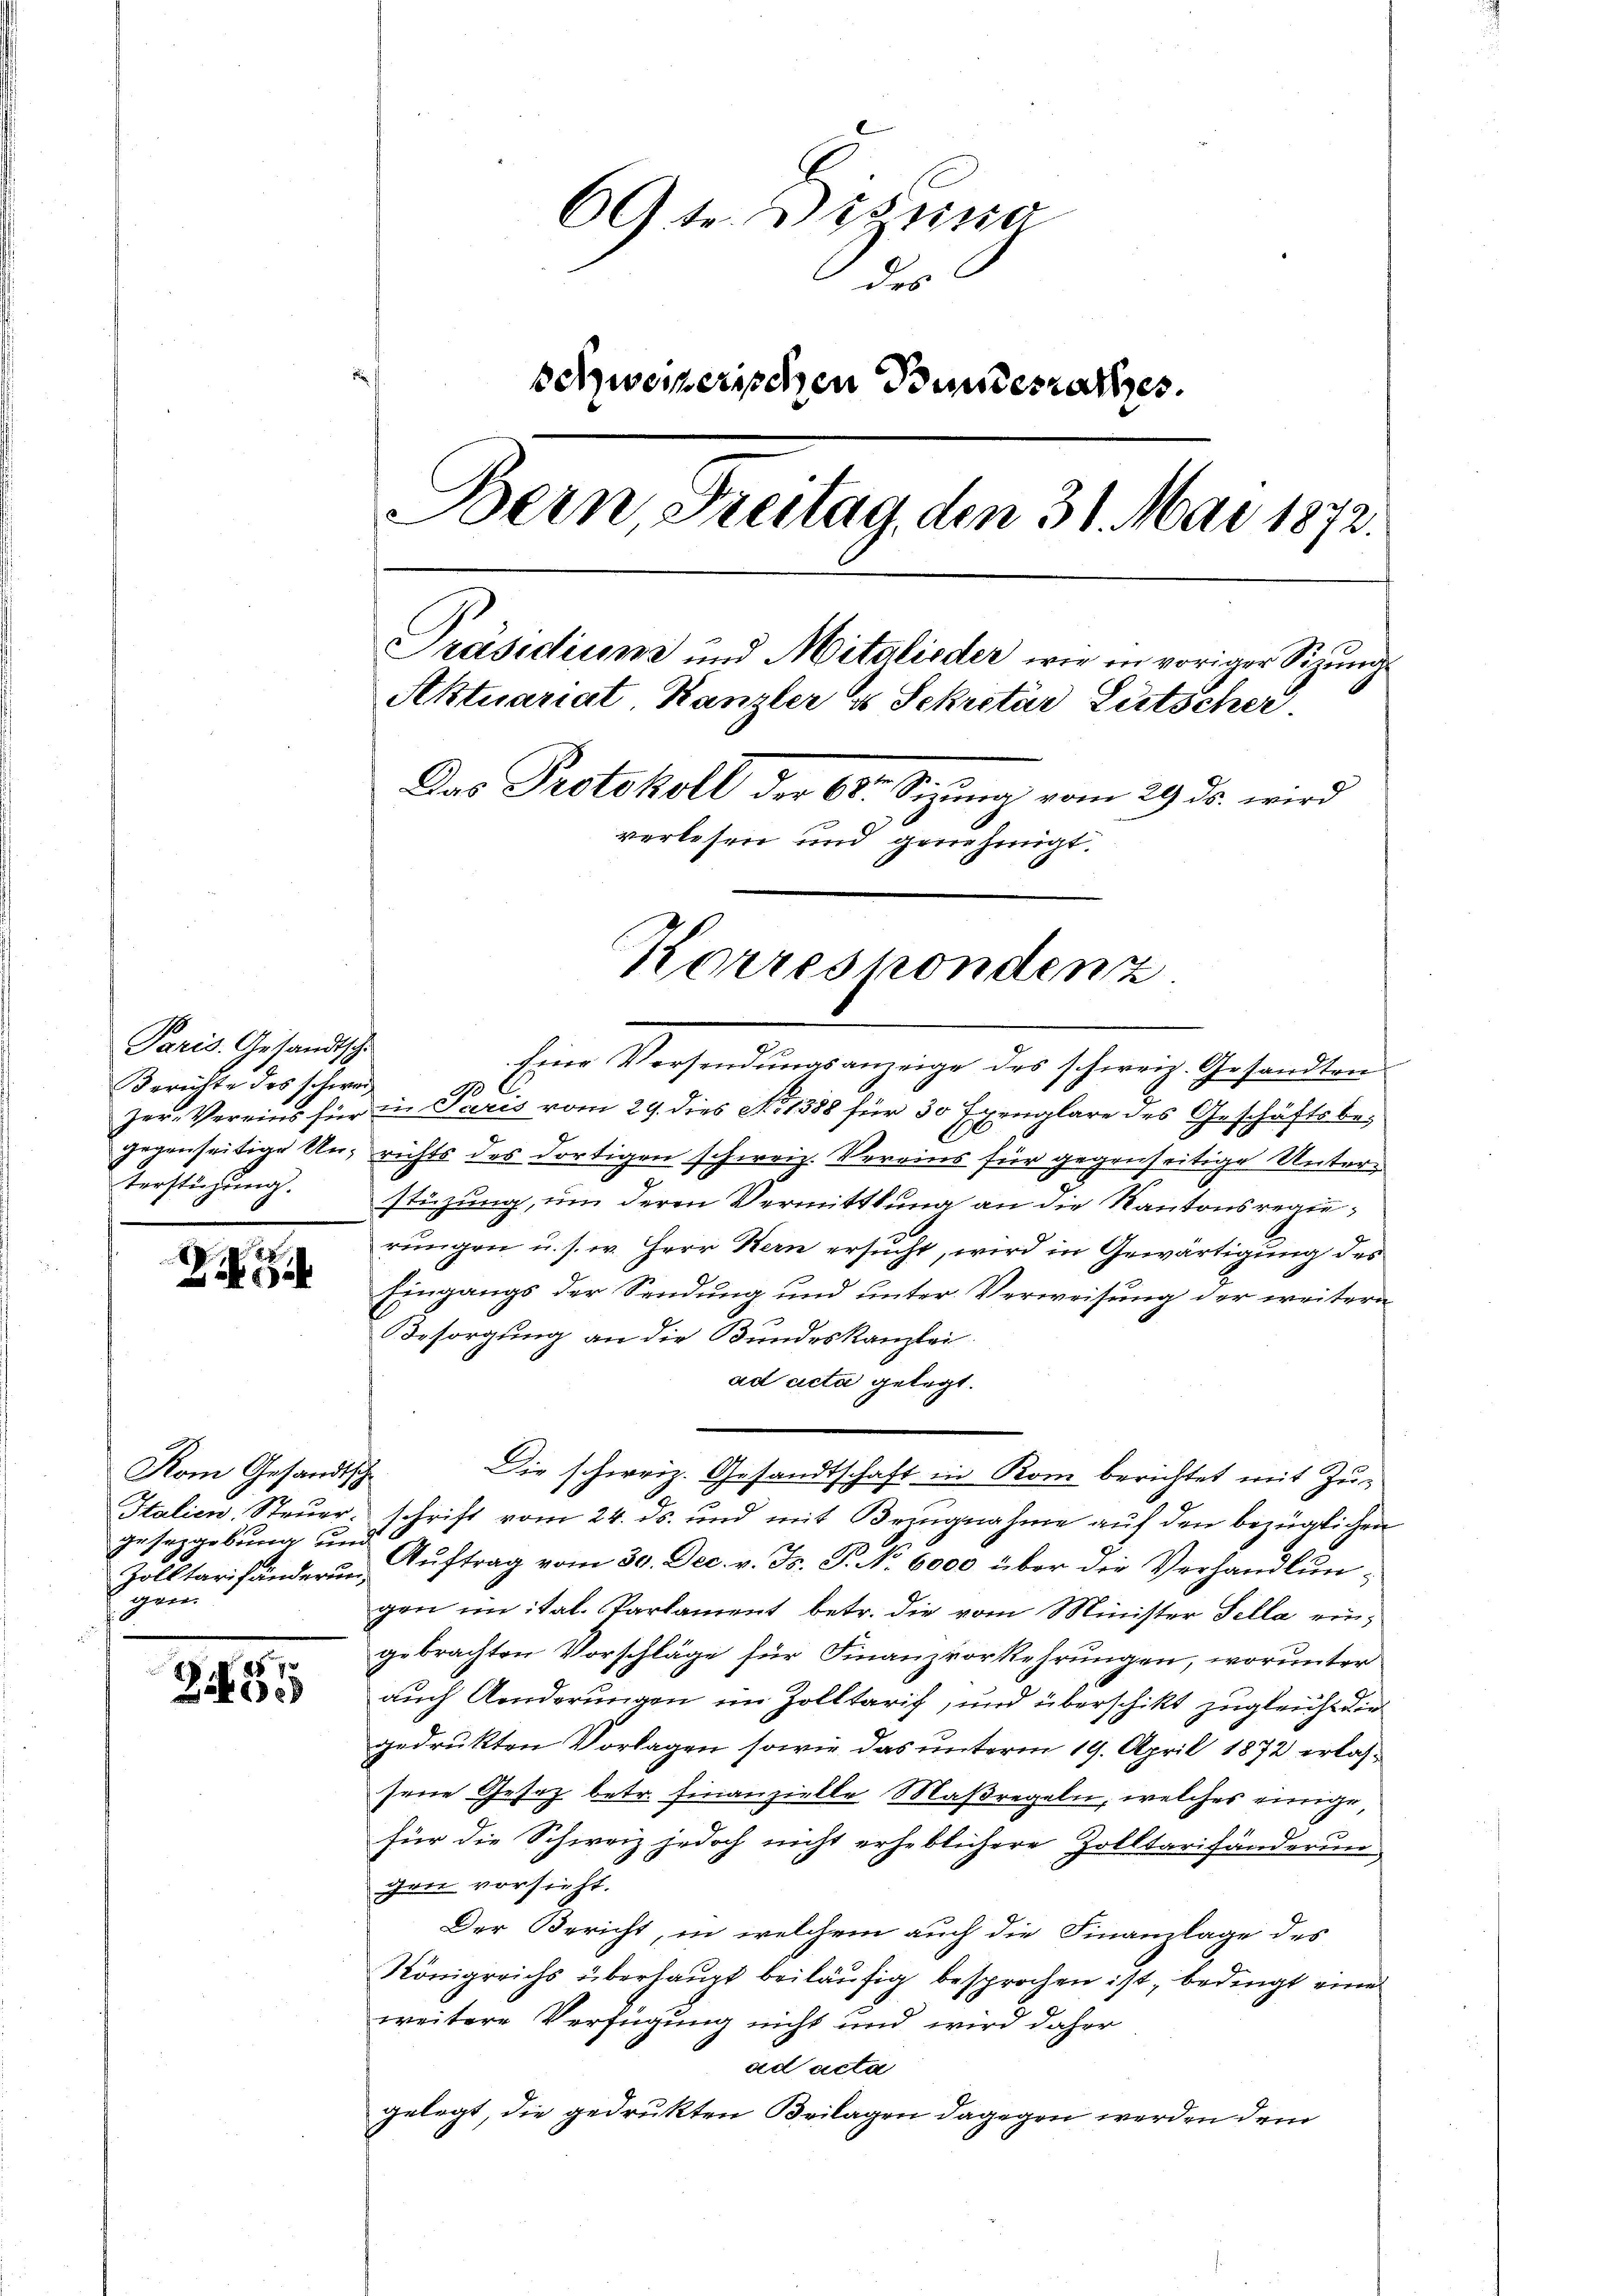
Paris. Gesandtsche
Berichte des schwei¬

.
ZG

Kom Gesandtsch
Italien, Steuer.
Gesetzgebung und
gere

d
Zitie

69te. Distra
des
schweizerischen Bundesrathes.
Bern, Freitag, den 31. Mai 1872.
Präsidiume und Mitglieder wie in voriger Sitzung
Aktuariat, Kanzler u Sekretär Lütscher.
Das Protokoll der 60. Sitzung vom 29. ds. wird
verlesen und genehmigt.

Eine Versendungsanzeige des schweiz. Gesandten
 C.
Zer-Vereins für in Paris vom 29. dies No. 1388 für 30 Exemplare des Geschäftsbegegenseitige Un- richts des dortigen schweiz. Vereins für gegenseitige Unterterstüzung. stüzung, ŭm deren Vermittlung an die Kantonsregierungen u. s. w. Herr Kern ersucht, wird in Gewärtigung des
Eingangs der Sendung und unter Verweisung der weitern
Besorgung an die Bundeskanzlei
ad acta gelegt.
schrift vom 24. ds. und mit Bezugnahme auf den bezüglichen
Zolltarisänderung, Auftrag vom 30. Dec. v. J. P. No. 6000 über die Verhandlun-
gen im ital. Parlament betr. die vom Minister Sella eingebrachten Vorschläge für Finanzvorkehrungen, worunter
auch Anderungen im Zolltaris, und überschikt zugleich die
gedrukten Vorlagen sowie das unterm 19. April 1872 erlassene Gesez betr. Finanzielle Maßregeln, welches einige,
für die Schweiz jedoch nicht erheblichere Zolltarifänderun
gen vorsieht.
Der Bericht, in welchem auch die Finanzlage des
Königreichs überhaupt beiläufig besprochen ist, bedingt eine
weitere Verfügung nicht und wird daher
ad acta
gelegt, die gedrukten Beilagen dagegen werden dem

Korrespondenz

Die schweiz. Gesandtschaft in Rom berichtet mit Zu¬